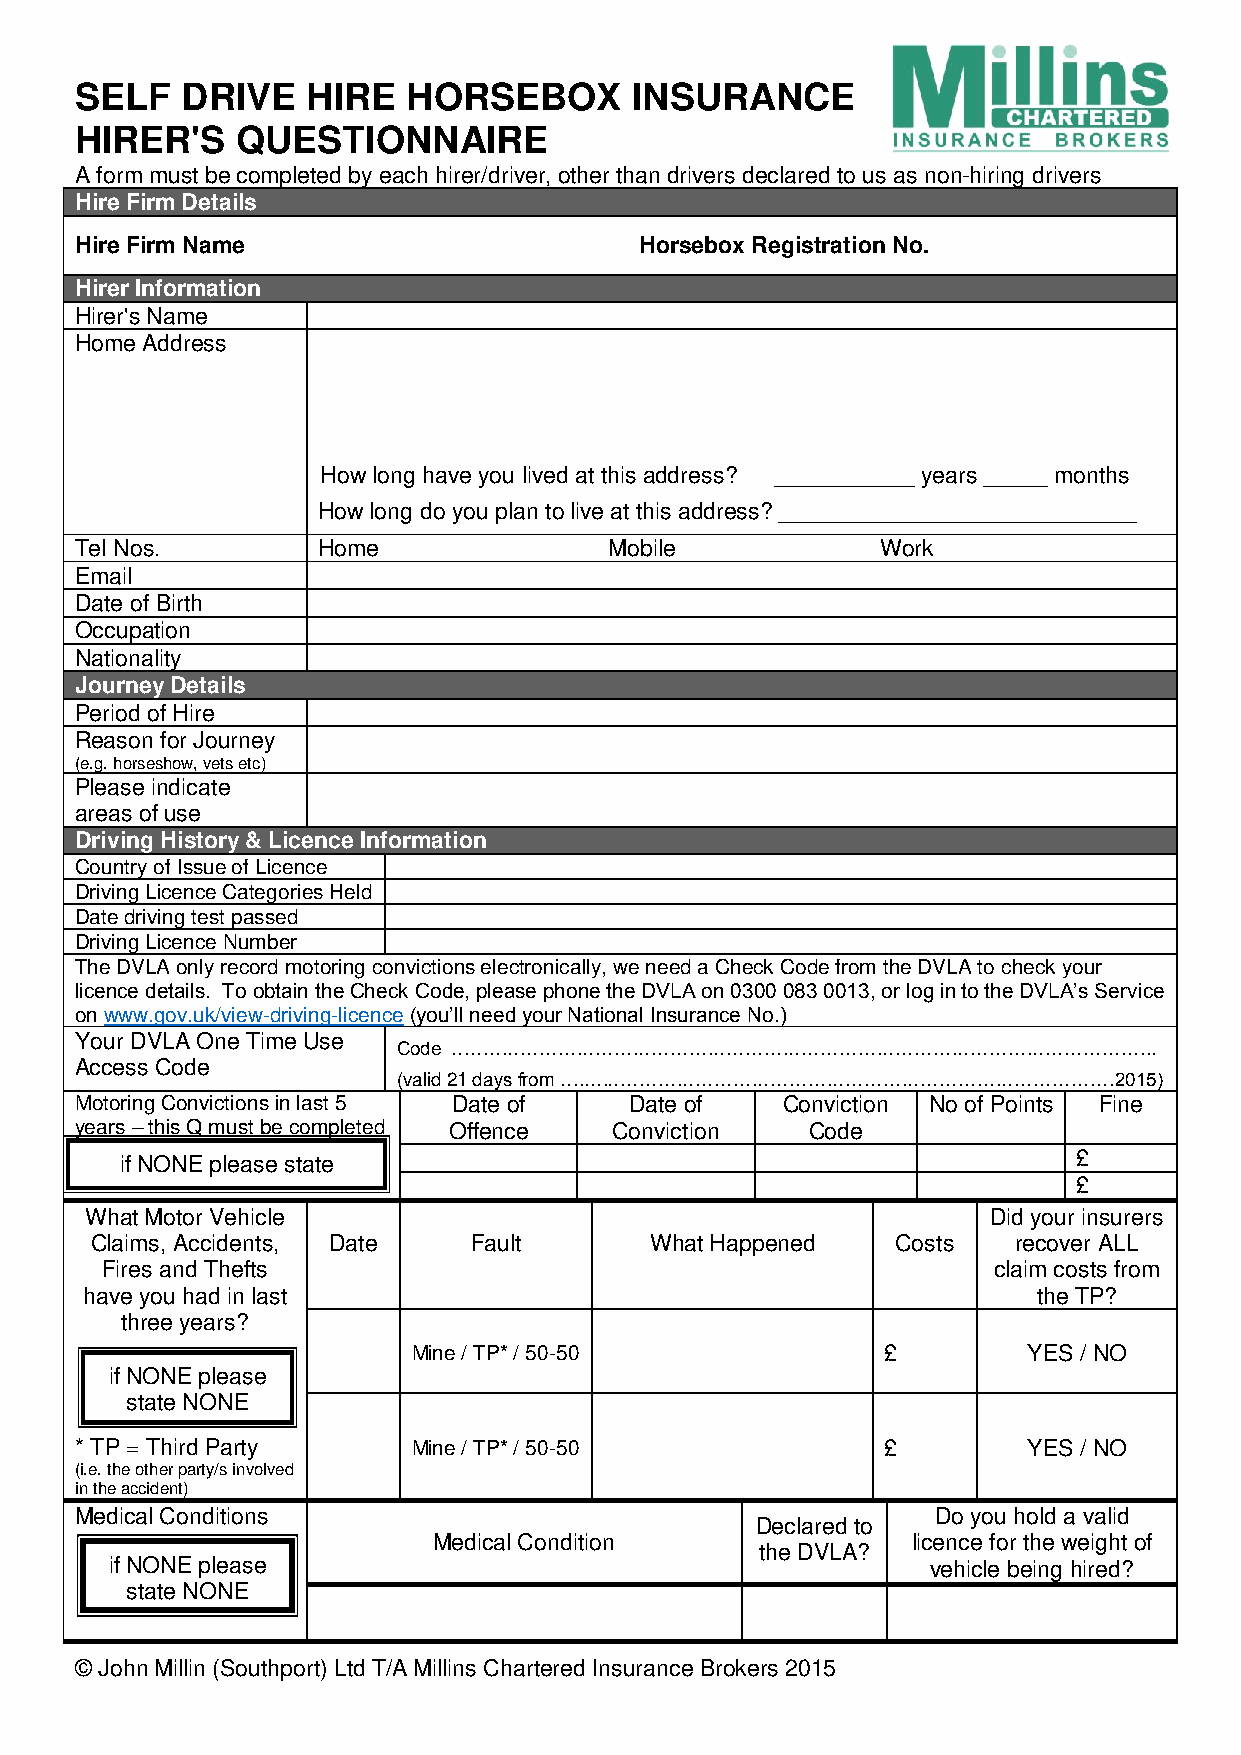
SELF   DRIVE   HIRE   HORSEBOX       INSURANCE
 HIRER'S    QUESTIONNAIRE
 A form must be completed by each hirer/driver, other than drivers declared to us as non-hiring drivers
 Hire Firm Details
 Hire Firm Name                       Horsebox Registration No.
 Hirer Information
 Hirer's Name
 Home Address
 How long have you lived at this address? ___________ years _____ months
 How long do you plan to live at this address? ____________________________
 Tel Nos.        Home               Mobile            Work
 Email
 Date of Birth
 Occupation
 Nationality
 Journey Details
 Period of Hire
 Reason for Journey
 (e.g. horseshow, vets etc)
 Please indicate
 areas of use
 Driving History & Licence Information
 Country of Issue of Licence
 Driving Licence Categories Held
 Date driving test passed
 Driving Licence Number
 The DVLA only record motoring convictions electronically, we need a Check Code from the DVLA to check your
 licence details. To obtain the Check Code, please phone the DVLA on 0300 083 0013, or log in to the DVLA’s Service
 on www.gov.uk/view-driving-licence (you’ll need your National Insurance No.)
 Your DVLA One Time Use
 Code …………………………………………………………………………………………………..
 Access Code
 (valid 21 days from …..…………………………………………………………………………2015)
 Motoring Convictions in last 5 Date of Date of Conviction No of Points Fine
 years – this Q must be completed Offence Conviction Code
 if NONE please state                                           £
 NONE                                                      £
 What Motor Vehicle                                          Did your insurers
 Claims, Accidents, Date  Fault       What Happened   Costs   recover ALL
 Fires and Thefts                                           claim costs from
 have you had in last                                            the TP?
 three years?
 Mine / TP* / 50-50              £        YES / NO
 if NONE please
 state NONE
 * TP = Third Party    Mine / TP* / 50-50              £        YES / NO
 (i.e. the other party/s involved
 in the accident)
 Medical Conditions                                       Do you hold a valid
 Declared to
 Medical Condition              licence for the weight of
 the DVLA?
 if NONE please                                         vehicle being hired?
 state NONE
 © John Millin (Southport) Ltd T/A Millins Chartered Insurance Brokers 2015